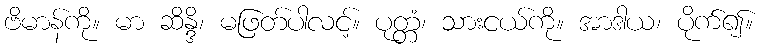
ဗိမာန်ကို။ မာ ဆိန္ဒိ၊ မဖြတ်ပါလင့်။ ပုတ္တံ၊ သားငယ်ကို။ အာဒါယ၊ ပိုက်၍။